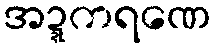
အဍ္ဍကရဏေ